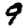
Digit: 9